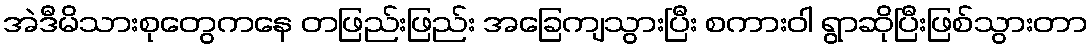
အဲဒီမိသားစုတွေကနေ တဖြည်းဖြည်း အခြေကျသွားပြီး စကားဝါ ရွာဆိုပြီးဖြစ်သွားတာ